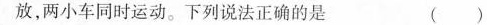
放，两小车同时运动。下列说法正确的是 ( )